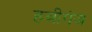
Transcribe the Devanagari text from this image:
हबीगंज